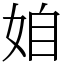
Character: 𡜍